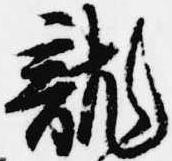
龍